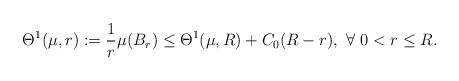
LaTeX: \begin{align*}\Theta^1(\mu, r):=\frac{1}{r}\mu(B_r)\le \Theta^1(\mu, R)+C_0(R-r), \ \forall \ 0<r\le R.\end{align*}